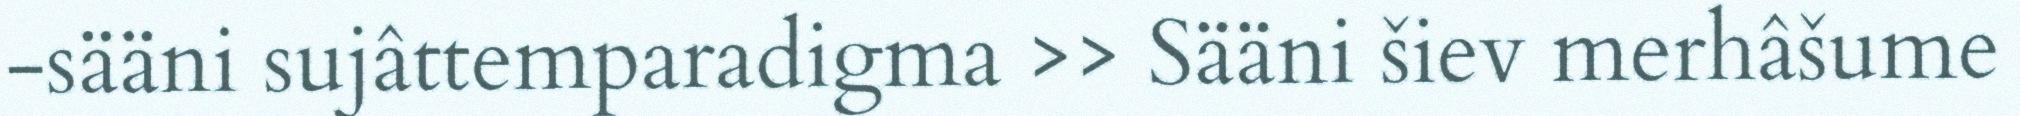
-sääni sujâttemparadigma >> Sääni šiev merhâšume